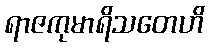
ရာဇကုမာရိသတေဟိ